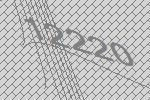
12220